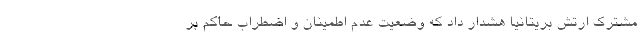
مشترک ارتش بریتانیا هشدار داد که وضعیت عدم اطمینان و اضطراب حاکم بر